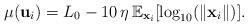
LaTeX: \begin{align*}\mu(\mathbf{u}_{i})=L_{0}-10\,\eta\,\mathbb{E}_{\mathrm{\mathbf{x}}_{i}}[\log_{10}(\Vert\mathbf{x}_{i}\Vert)].\end{align*}